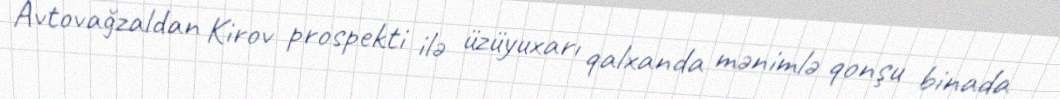
Avtovağzaldan Kirov prospekti ilə üzüyuxarı qalxanda mənimlə qonşu binada